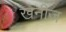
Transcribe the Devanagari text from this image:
खनीज